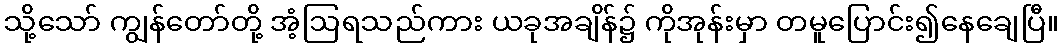
သို့သော် ကျွန်တော်တို့ အံ့ဩရသည်ကား ယခုအချိန်၌ ကိုအုန်းမှာ တမူပြောင်း၍နေချေပြီ။